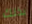
بذلك